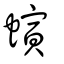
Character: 螾